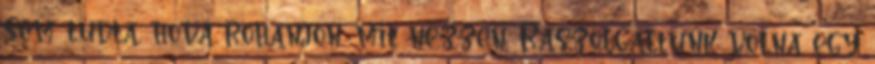
sem tudta, hová rohanjon, mit nézzen. Rászolgáltunk volna egy